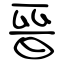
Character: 晉